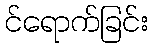
င်ရောက်ခြင်း